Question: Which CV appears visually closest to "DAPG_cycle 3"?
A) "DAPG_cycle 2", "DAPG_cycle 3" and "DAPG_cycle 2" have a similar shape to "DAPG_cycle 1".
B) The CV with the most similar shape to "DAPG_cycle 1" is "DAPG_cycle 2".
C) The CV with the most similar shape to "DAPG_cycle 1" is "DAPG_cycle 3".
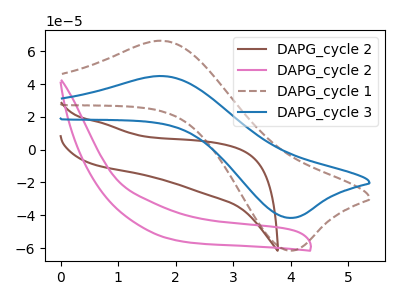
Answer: <think>The brown curve "DAPG_cycle 2" has no peaks. The pink curve "DAPG_cycle 2" has no peaks. The brown dashed curve "DAPG_cycle 1" has an anodic peak at (1.80V, 66.25uA) and a cathodic peak at (3.95V, -61.50uA). The blue curve "DAPG_cycle 3" has an anodic peak at (1.80V, 44.75uA) and a cathodic peak at (3.95V, -41.55uA).
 Neither "DAPG_cycle 2" or "DAPG_cycle 2" have any peaks. "DAPG_cycle 2" and "DAPG_cycle 1" have a different number of peaks. "DAPG_cycle 2" and "DAPG_cycle 3" have a different number of peaks. "DAPG_cycle 2" and "DAPG_cycle 1" have a different number of peaks. "DAPG_cycle 2" and "DAPG_cycle 3" have a different number of peaks. All the peaks in "DAPG_cycle 1" have a peak in "DAPG_cycle 3" at the same potential. Every peak in "DAPG_cycle 1" is higher than every peak in "DAPG_cycle 3".</think>
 <answer>C) The CV with the most similar shape to "DAPG_cycle 1" is "DAPG_cycle 3".</answer>
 <eval>C</eval>